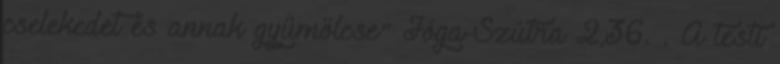
cselekedet és annak gyümölcse" Jóga-Szútra 2,36. . A testi